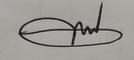
Signature authenticity: genuine